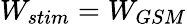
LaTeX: W_{stim}=W_{GSM}